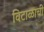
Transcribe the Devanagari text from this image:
विटाळाची